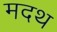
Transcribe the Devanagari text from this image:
मदथ